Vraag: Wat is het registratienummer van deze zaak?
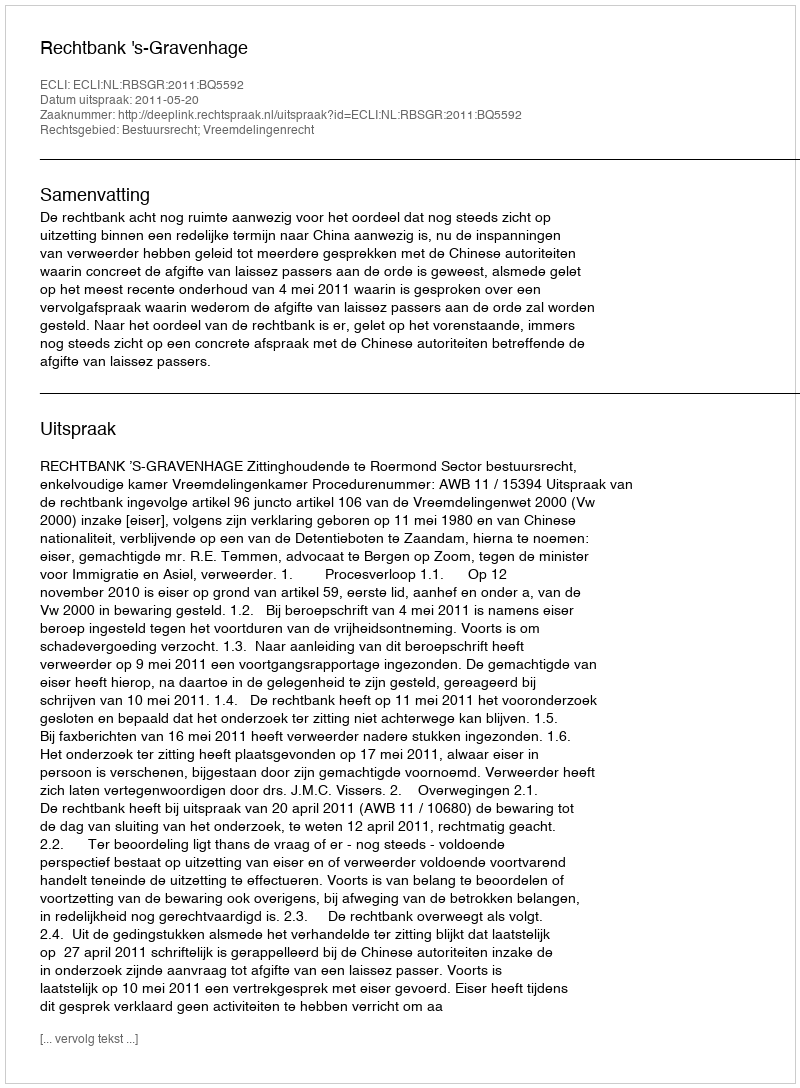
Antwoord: http://deeplink.rechtspraak.nl/uitspraak?id=ECLI:NL:RBSGR:2011:BQ5592